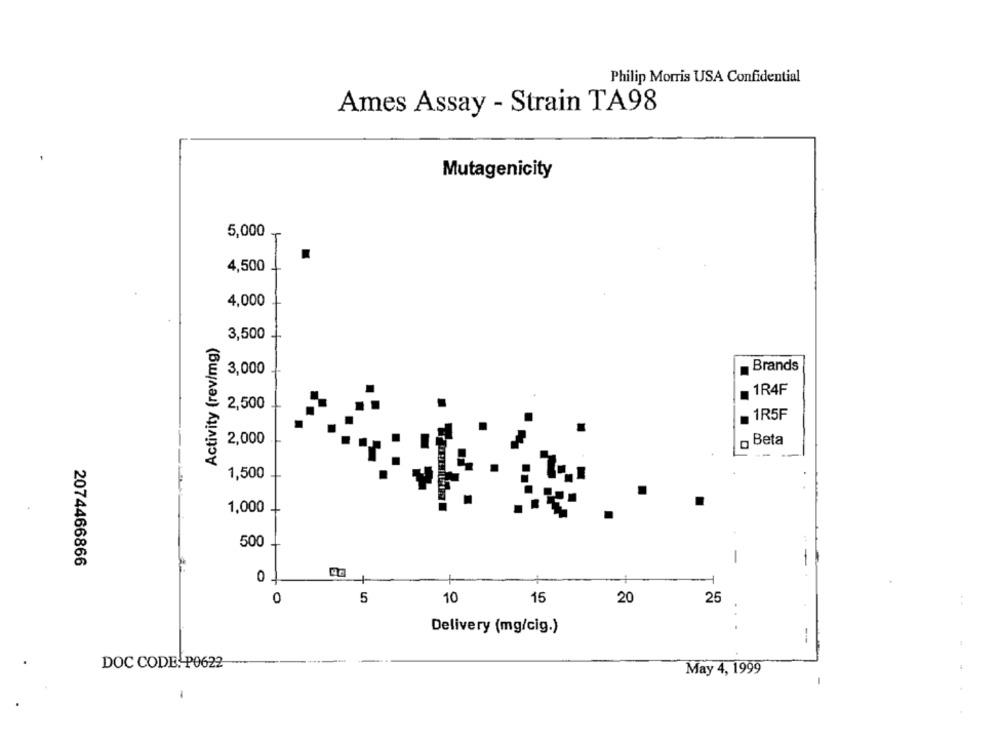
Philip Morris USA Confidential
Ames Assay - Strain TA98
Mutagenicity
5,000
4,500
4,000
Activity (rev/mg)
3,500
3,000
Brands
1R4F
2,500
1R5F
2,000
Beta
1,500
1,000
500
2074466866
-
0
1
0
5
10
15
20
25
Delivery (mg/cig.)
--
DOC CODE: P0622
May 4, 1999